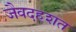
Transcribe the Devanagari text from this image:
जैवदहशत